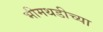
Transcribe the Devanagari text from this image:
भीमथडीच्या